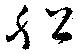
舩